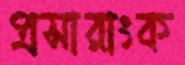
প্রসারাংক